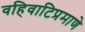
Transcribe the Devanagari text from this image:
वहिवाटिप्रमाणे